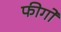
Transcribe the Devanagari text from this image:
फीगो